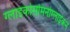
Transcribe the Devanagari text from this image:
ग्लाइकोसमिनोग्लाइकन